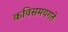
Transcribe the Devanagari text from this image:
कविसमयगते